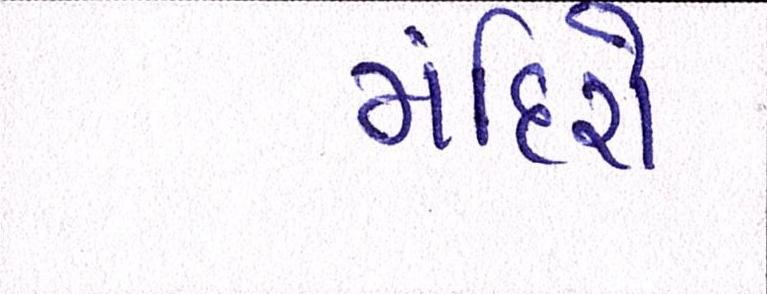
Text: મંદિરો